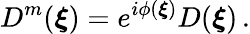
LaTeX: D^{m}(\boldsymbol{\xi})=e^{i\phi(\boldsymbol{\xi})}D(\boldsymbol{\xi})\, .